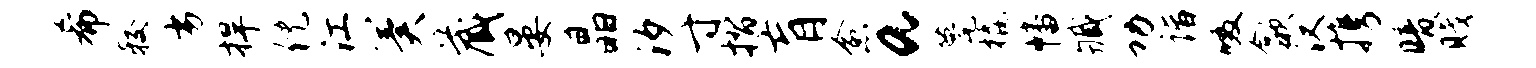
希较劣捍倪江冀藏晏晶汐寸摺肓愈a甍橇幡臧功诣啜歙汉携暗贱